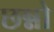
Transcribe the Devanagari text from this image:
छन्नो